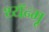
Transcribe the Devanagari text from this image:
थ्यॅन्मू